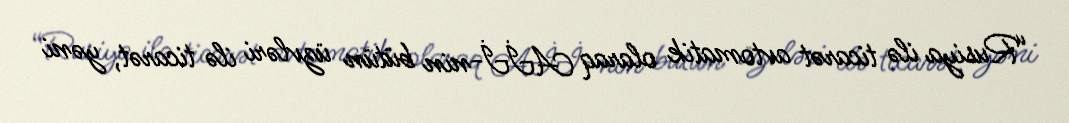
“Rusiya ilə ticarət avtomatik olaraq Aİİ-nin bütün üzvləri ilə ticarət, yəni